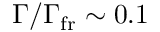
\Gamma / \Gamma _ { \mathrm { f r } } \sim 0 . 1